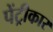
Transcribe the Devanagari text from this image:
पेंट्रीकार